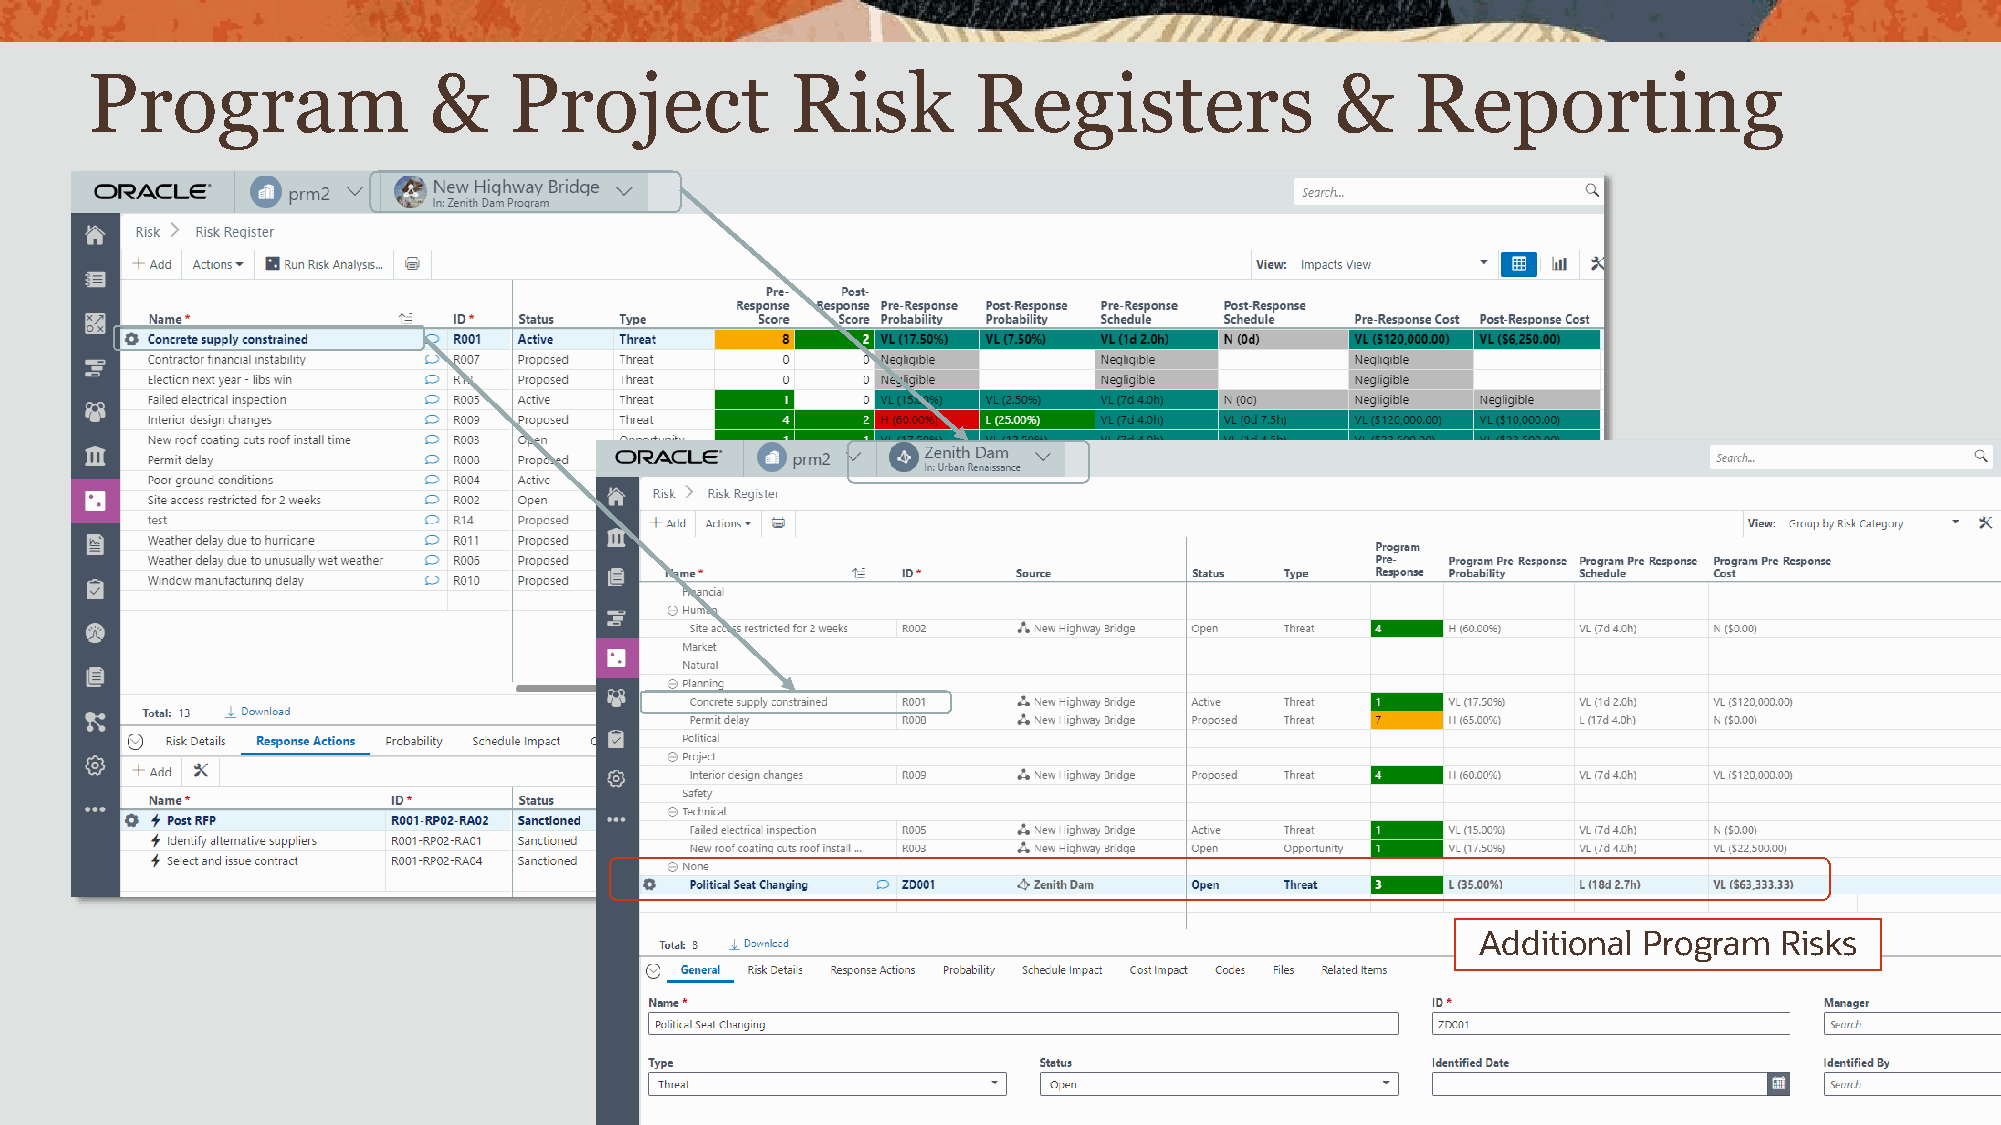
Program               &     Project           Risk        Registers               &     Reporting
 Additional Program  Risks